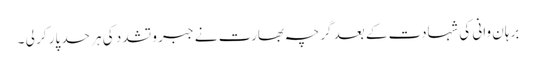
برہان وانی کی شہادت کے بعد گرچہ بھارت نے جبر و تشدد کی ہر حد پار کر لی ۔